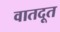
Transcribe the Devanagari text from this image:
वातदूत